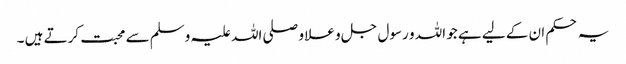
یہ حکم ان کے لیے ہے جو اللہ و رسول جل و علا و صلی اللہ علیہ وسلم سے محبت کرتے ہیں ۔